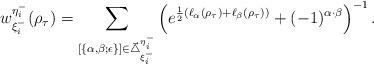
LaTeX: \begin{align*}w^{\eta^-_i}_{\xi^-_i}(\rho_\tau)=\sum_{[\{\alpha,\beta;\epsilon\}]\in\vec{\triangle}^{\eta^-_i}_{\xi^-_i}}\left(e^{\frac{1}{2}(\ell_{\alpha}(\rho_\tau)+\ell_{\beta}(\rho_\tau))}+(-1)^{\alpha\cdot\beta}\right)^{-1}.\end{align*}